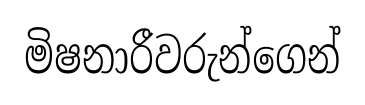
මිෂනාරීවරුන්ගෙන්